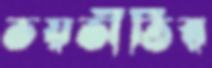
ভয়ভীতির